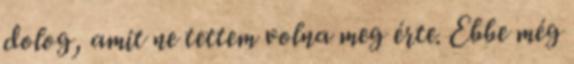
dolog, amit ne tettem volna meg érte. Ebbe még